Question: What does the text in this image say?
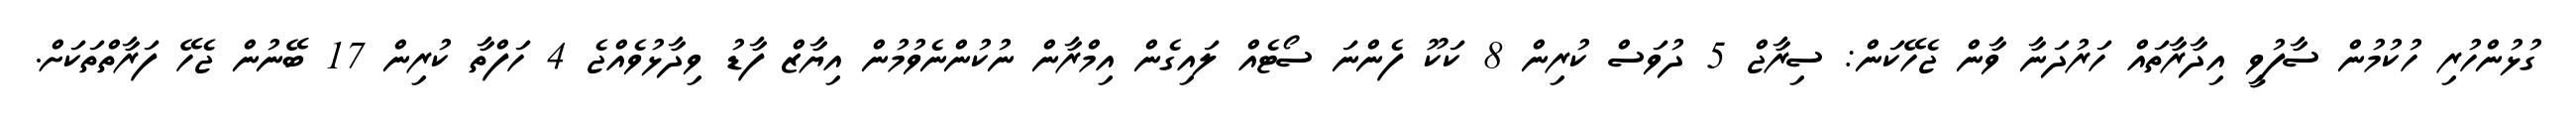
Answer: ގުޅުންހުރި ހުކުމުން ސާފުވީ އިދާރާތައް ހަރުދަނާ ވާން ޖެހޭކަން: ސިރާޖް 5 ދުވަސް ކުރިން 8 ކަކޫ ފެންނަ ސޯޓެއް ލައިގެން އިމްރާން ނުކުންނެވުމުން އިޔާޒް ފާޑު ވިދާޅުވެއްޖެ 4 ހަފްތާ ކުރިން 17 ބޭނުން ޖެހޭ ފަރާތްތަކަށް.